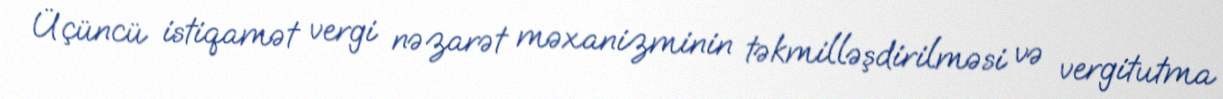
Üçüncü istiqamət vergi nəzarət məxanizminin təkmilləşdirilməsi və vergitutma